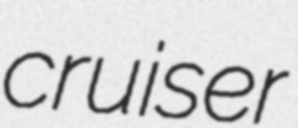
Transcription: cruiser